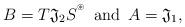
LaTeX: \begin{align*}B = T \mathfrak{J}_2 S^{{}^\circledast}\,\,\, \textrm{and} \,\,\,A = \mathfrak{J}_1, \end{align*}